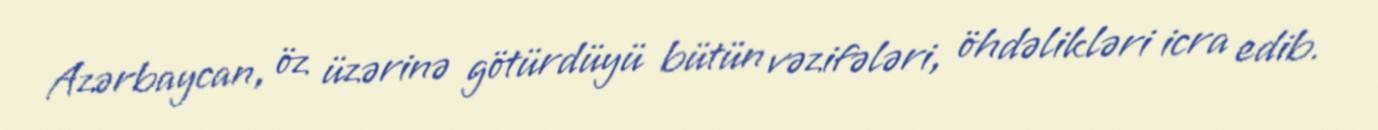
Azərbaycan, öz üzərinə götürdüyü bütün vəzifələri, öhdəlikləri icra edib.